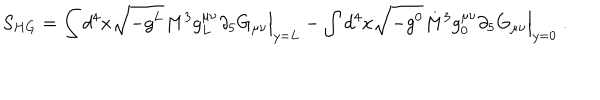
S _ { H G } = \int d ^ { 4 } x \sqrt { - g ^ { L } } M ^ { 3 } g _ { L } ^ { \mu \nu } \partial _ { 5 } G _ { \mu \nu } \Big | _ { y = L } - \int d ^ { 4 } x \sqrt { - g ^ { 0 } } M ^ { 3 } g _ { 0 } ^ { \mu \nu } \partial _ { 5 } G _ { \mu \nu } \Big | _ { y = 0 } \ .